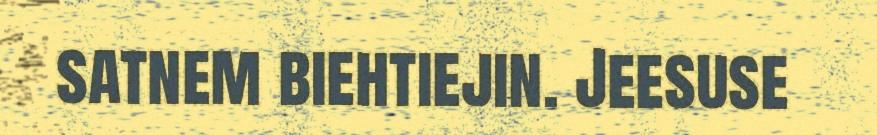
satnem biehtiejin. Jeesuse